Trukikaitis_Postimees, lk 143
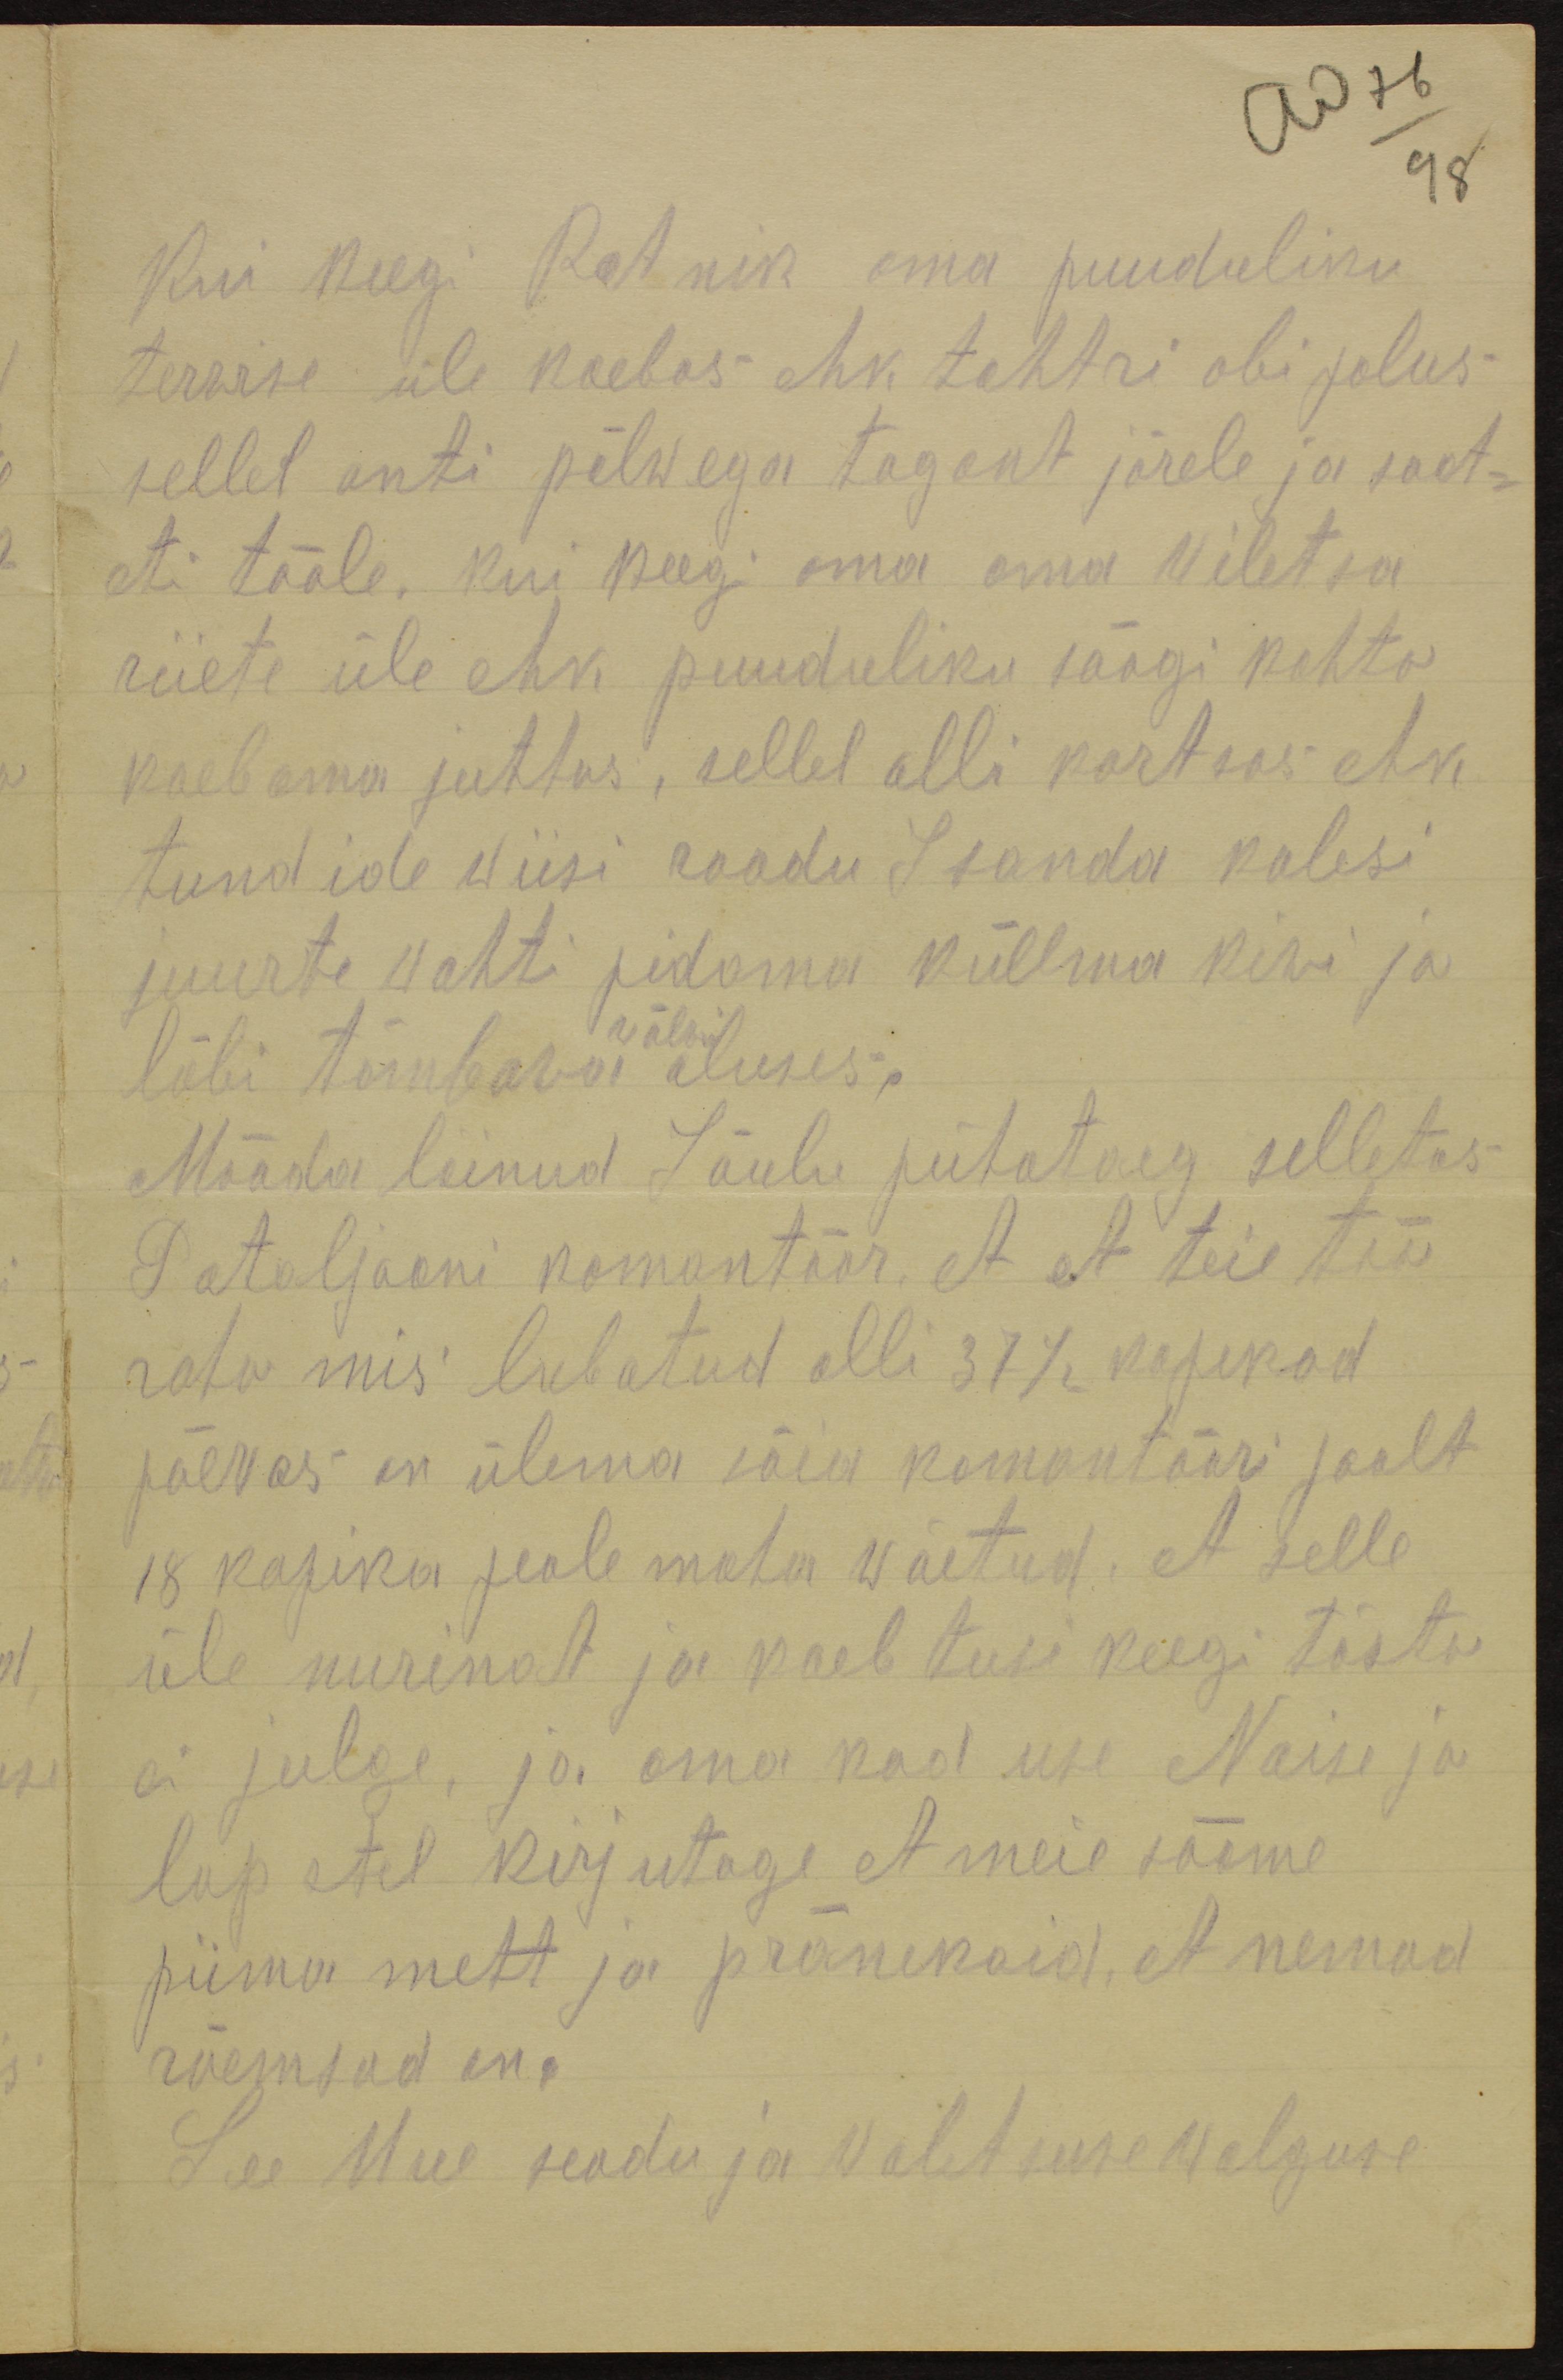
No 76
98

Kui keegi Ratnik oma puuduliku
terwise üle kaebas ehk tohtri abi palus
sellel anti pilwega tagant järele ja saat-
eti tööle, kui keegi oma oma viletsa
riiete üle ehk puuduliku söögi kohta
kaebama juhtus, sellel olli kortsas ehk
tundide wiisi roodu Isanda kalesi
juurte wahti pidama küllma kiwi ja
läbi tõmbawa aluses,
wäla
Mõõda läinud Jõulu pühataeg selletas
Pataljooni komontöör, et et teie töö
raha mis lubatud olli 37 1/2 kopikad
päevas on ülema jäed komantööri jaolt
18 kopika peale maha wõetud, et selle
üle nurinat ja kaebtusi keegi tõsta
ei julge, ja oma koduse Naise ja
lapstel kirjutage et meie sööme
piima mett ja pränikuid, et nemad
rõemsad on.
See Uue seadu ja walitsuse walguse